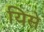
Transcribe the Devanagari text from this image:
यिसे